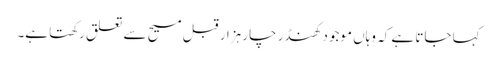
کہا جاتا ہے کہ وہاں موجود کھنڈر چار ہزار قبل مسیح سے تعلق رکھتا ہے۔